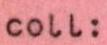
coll: